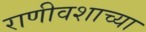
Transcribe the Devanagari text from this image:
राणीवशाच्या